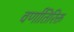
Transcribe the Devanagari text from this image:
वर्णातिरिक्त